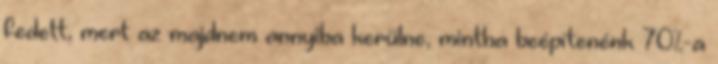
fedett, mert az majdnem annyiba kerülne, mintha beépítenénk 70%-a